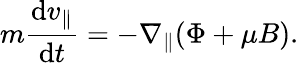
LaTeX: m\frac{\mathrm{d}v_{\parallel}}{\mathrm{d}t}=-\nabla_{\parallel}(\Phi+\mu B).